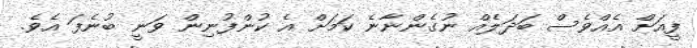
ފީއަށް އެއްވެސް ބަދަލެއް ނުގެންނާނެ ކަމަށް އެ ކުންފުނިން ވަނީ ބުނެފަ އެވެ.